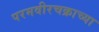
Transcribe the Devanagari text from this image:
परमवीरचक्राच्या